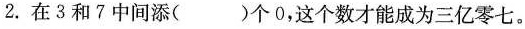
2.在3和7中间添()个0，这个数才能成为三亿零七。